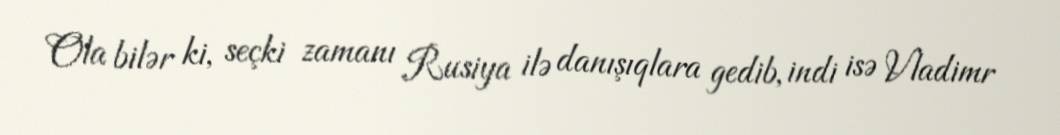
Ola bilər ki, seçki zamanı Rusiya ilə danışıqlara gedib, indi isə Vladimr